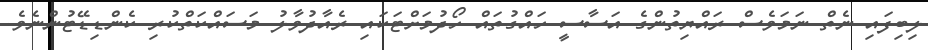
ލިބިފައި ނެތް ނަމަވެސް ރައްޔިތުންގެ އަސާސީ ހައްގުތައް ހޯދުމަށްޓަކައި ރެއާދުވާލު މަސައްކަތްކުރި ކެންޑިޑޭޓުންނެވެ.